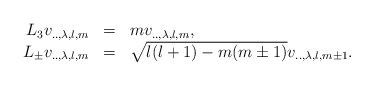
\begin{align*}\begin{array}{rcl} L_3 v_{..,\lambda,l,m} &=& m v_{..,\lambda,l,m},\\L_{\pm} v_{..,\lambda,l,m} &=& \sqrt{l(l+1)-m(m\pm 1)} v_{..,\lambda,l,m\pm 1}.\end{array}\end{align*}